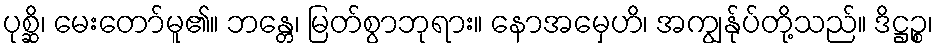
ပုစ္ဆိ၊ မေးတော်မူ၏။ ဘန္တေ၊ မြတ်စွာဘုရား။ နောအမှေဟိ၊ အကျွန်ုပ်တို့သည်။ ဒိဋ္ဌဉ္စ၊